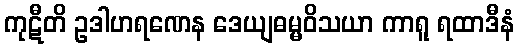
ကုဋီတိ ဥဒါဟရဏေန ဒေယျဓမ္မဝိသယာ ကာရူ ရထာဒီနံ